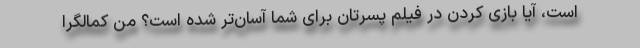
است، آیا بازی کردن در فیلم پسرتان برای شما آسان‌تر شده است؟ من کمالگرا